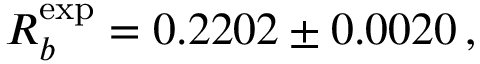
R _ { b } ^ { \mathrm { e x p } } = 0 . 2 2 0 2 \pm 0 . 0 0 2 0 \, ,